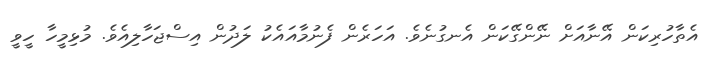
އެތާހުރިކަން އޭނާއަށް ނޭންގޭކަން އެނގުނެވެ. އަހަރެން ފެނުމާއައެކު ލަދުން އިސްޖަހާލިއެވެ. މުޅިމީހާ ހީވީ